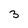
Character: 3